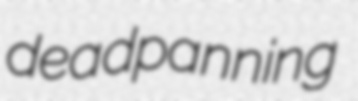
deadpanning